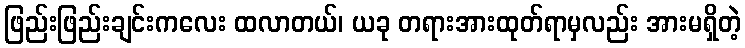
ဖြည်းဖြည်းချင်းကလေး ထလာတယ်၊ ယခု တရားအားထုတ်ရာမှလည်း အားမရှိတဲ့